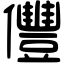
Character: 㒥